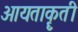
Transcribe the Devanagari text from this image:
आयताकॄती